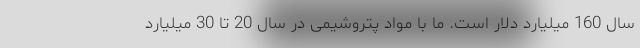
سال 160 میلیارد دلار است. ما با مواد پتروشیمی در سال 20 تا 30 میلیارد